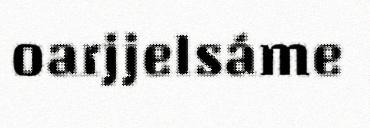
oarjjelsáme